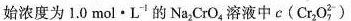
始浓度为1.0mol\cdot L1的Na_{2}CrO_{4}溶液中e（Cr_{2}O_{7}^{2-}）